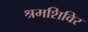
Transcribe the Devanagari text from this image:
श्रमशिविर